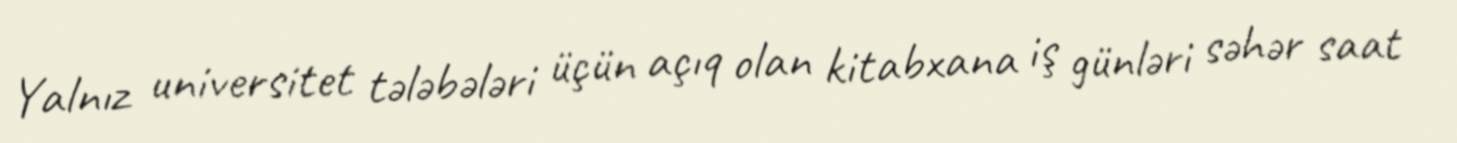
Yalnız universitet tələbələri üçün açıq olan kitabxana iş günləri səhər saat